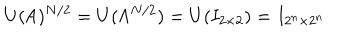
U ( { \sf A } ) ^ { N / 2 } = U ( { \sf A } ^ { N / 2 } ) = U ( I _ { 2 \times 2 } ) = I _ { 2 ^ { n } \times 2 ^ { n } }